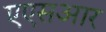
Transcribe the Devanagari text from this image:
एएसआर